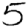
Digit: 5